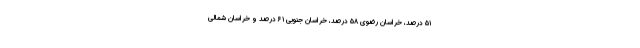
۵۱ درصد، خراسان رضوی ۵۸ درصد، خراسان جنوبی ۶۱ درصد و خراسان شمالی